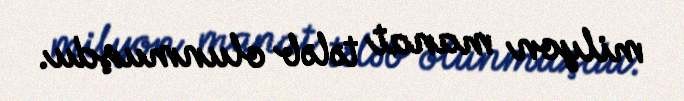
milyon manat tələb olunmuşdu.